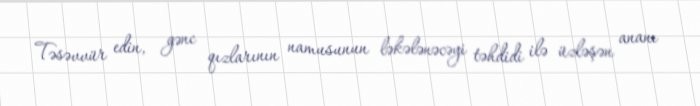
Təsəvvür edin, gənc qızlarının namusunun ləkələnəcəyi təhdidi ilə üzləşən ananı